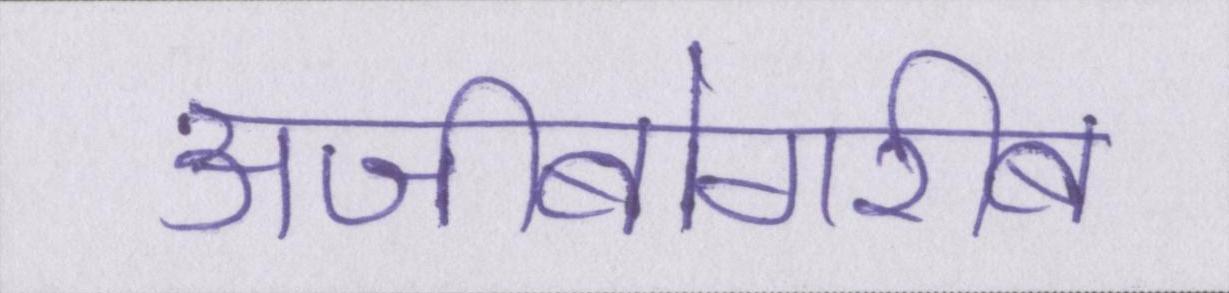
अजीबोगरीब